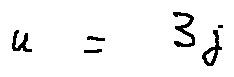
u = 3 j